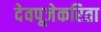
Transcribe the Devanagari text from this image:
देवपूजेकरिता